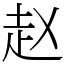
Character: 赵